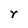
Character: r